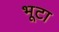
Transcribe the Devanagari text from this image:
भूटा